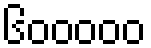
၆၀၀၀၀၀